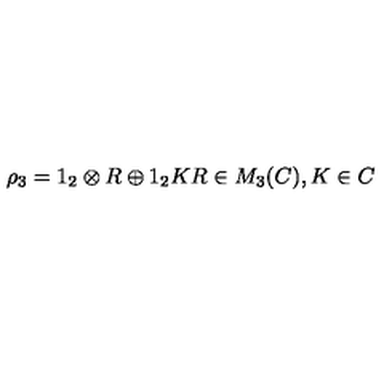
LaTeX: \rho _ { 3 } = 1 _ { 2 } \otimes R \oplus 1 _ { 2 } K R \in M _ { 3 } ( C ) , K \in C